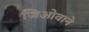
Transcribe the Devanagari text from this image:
जिओवाने